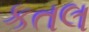
કતલ